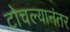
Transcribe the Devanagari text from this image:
टोचल्यानंतर